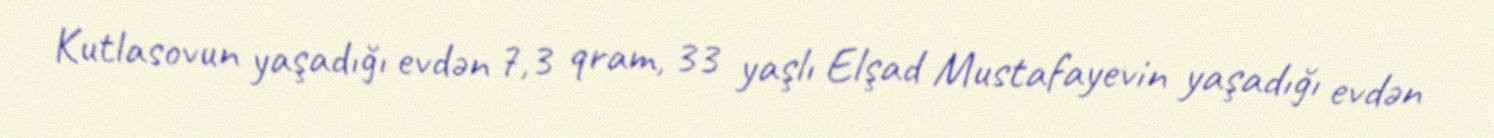
Kutlasovun yaşadığı evdən 7,3 qram, 33 yaşlı Elşad Mustafayevin yaşadığı evdən